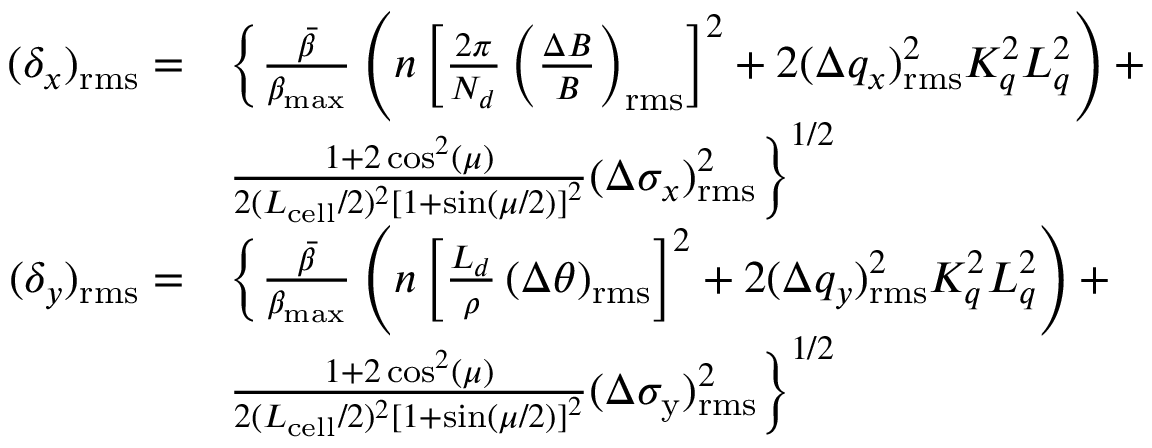
\begin{array} { r l } { ( \delta _ { x } ) _ { \mathrm { r m s } } = } & { \biggl \{ \frac { \Bar { \beta } } { \beta _ { \mathrm { m a x } } } \left( n \left[ \frac { 2 \pi } { N _ { d } } \left( \frac { \Delta B } { B } \right) _ { \mathrm { r m s } } \right] ^ { 2 } + 2 ( \Delta q _ { x } ) _ { \mathrm { r m s } } ^ { 2 } K _ { q } ^ { 2 } L _ { q } ^ { 2 } \right) + } \\ & { \frac { 1 + 2 \cos ^ { 2 } ( \mu ) } { 2 ( L _ { \mathrm { c e l l } } / 2 ) ^ { 2 } \left[ 1 + \sin ( \mu / 2 ) \right] ^ { 2 } } ( \Delta \sigma _ { x } ) _ { \mathrm { r m s } } ^ { 2 } \biggr \} ^ { 1 / 2 } } \\ { ( \delta _ { y } ) _ { \mathrm { r m s } } = } & { \biggl \{ \frac { \Bar { \beta } } { \beta _ { \mathrm { m a x } } } \left( n \left[ \frac { L _ { d } } { \rho } \left( \Delta \theta \right) _ { \mathrm { r m s } } \right] ^ { 2 } + 2 ( \Delta q _ { y } ) _ { \mathrm { r m s } } ^ { 2 } K _ { q } ^ { 2 } L _ { q } ^ { 2 } \right) + } \\ & { \frac { 1 + 2 \cos ^ { 2 } ( \mu ) } { 2 ( L _ { \mathrm { c e l l } } / 2 ) ^ { 2 } \left[ 1 + \sin ( \mu / 2 ) \right] ^ { 2 } } ( \Delta \sigma _ { \mathrm { y } } ) _ { \mathrm { r m s } } ^ { 2 } \biggr \} ^ { 1 / 2 } } \end{array}